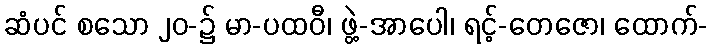
ဆံပင် စသော ၂၀-၌ မာ-ပထဝီ၊ ဖွဲ့-အာပေါ၊ ရင့်-တေဇော၊ ထောက်-